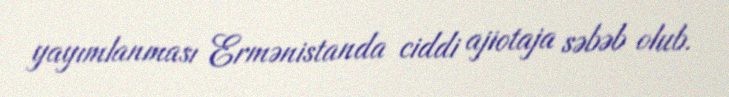
yayımlanması Ermənistanda ciddi ajiotaja səbəb olub.